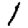
Digit: 1